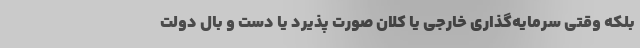
بلکه وقتی سرمایه‌گذاری خارجی یا کلان صورت پذیرد یا دست و بال دولت